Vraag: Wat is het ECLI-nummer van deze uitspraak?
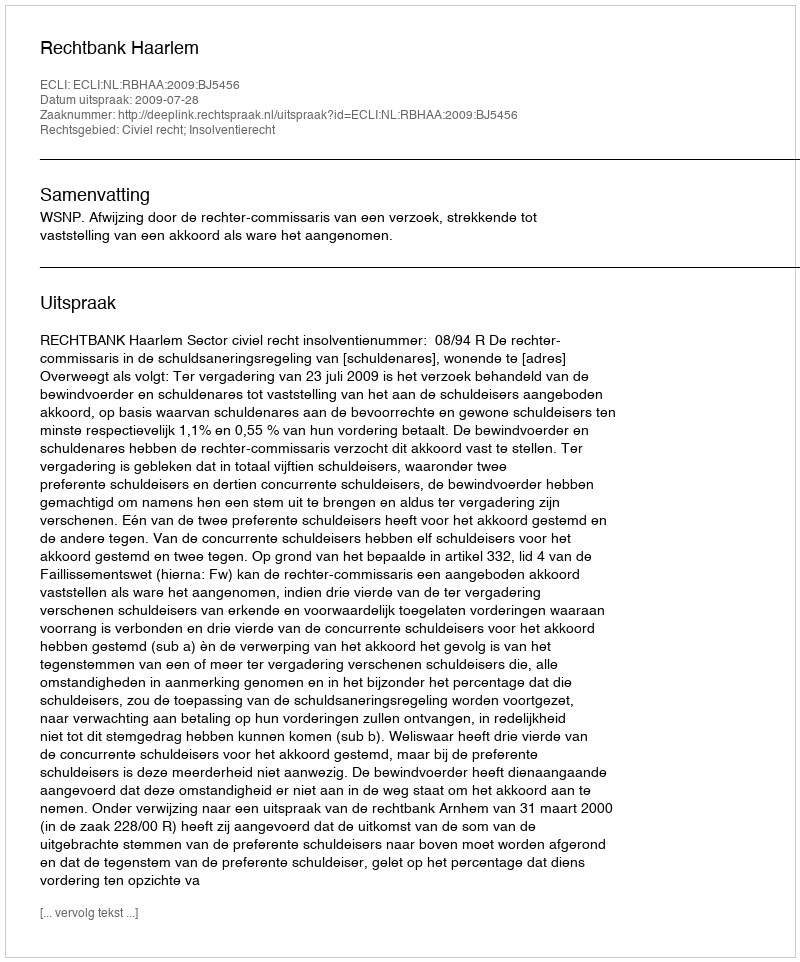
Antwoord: ECLI:NL:RBHAA:2009:BJ5456